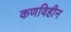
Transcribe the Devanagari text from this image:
कणविहीन